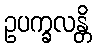
ဥပက္ခလန္တိ